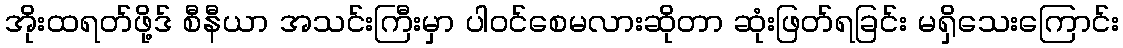
အိုးထရတ်ဖို့ဒ် စီနီယာ အသင်းကြီးမှာ ပါဝင်စေမလားဆိုတာ ဆုံးဖြတ်ရခြင်း မရှိသေးကြောင်း